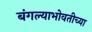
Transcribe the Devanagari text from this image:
बंगल्याभोवतीच्या